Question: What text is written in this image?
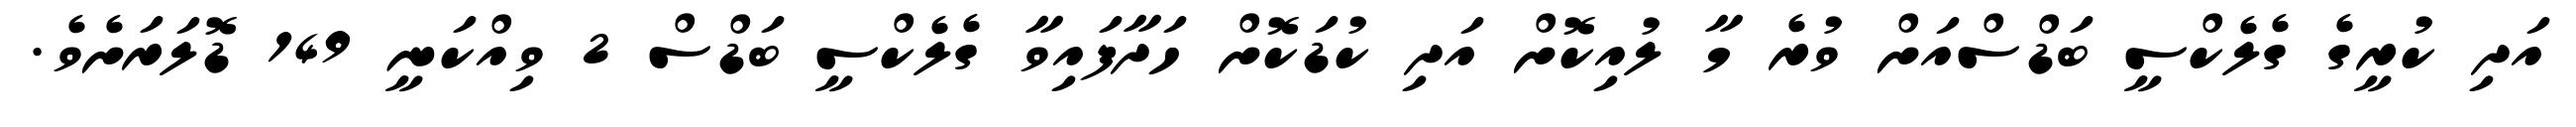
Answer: އަދި ކުރީގެ ގެލެކްސީ ބަޑްސްއަށް ވުރެ މާ ލުއިކޮށް އަދި ކުޑަކޮށް ހަދާފައިވާ ގެލެކްސީ ބަޑްސް 2 ވިއްކަނީ 149 ޑޮލަރަށެވެ.